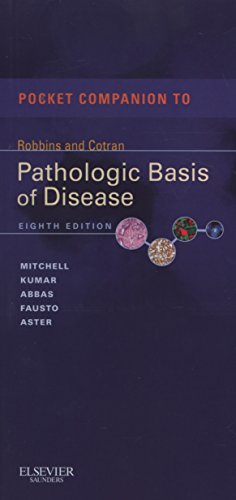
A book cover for Pocket Companion to Robbins & Cotran Pathologic Basis of Disease, 8th Edition; Richard Mitchell; Medical Books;